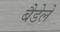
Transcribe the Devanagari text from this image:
बैडेले